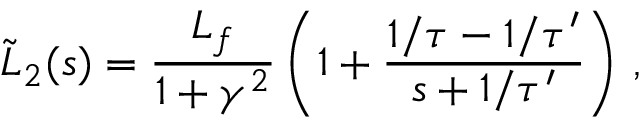
\tilde { L } _ { 2 } ( s ) = \frac { L _ { f } } { 1 + \gamma ^ { 2 } } \left( 1 + \frac { 1 / \tau - 1 / \tau ^ { \prime } } { s + 1 / \tau ^ { \prime } } \right) \, ,